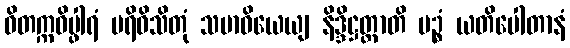
ဝိတက္ကဝိပ္ဖါရံ ပရိဝိသိတုံ သမာဓိယေယျ နိဒ္ဒိဋ္ဌတ္တာတိ မဉ္စံ ယတိပေါတာနံ